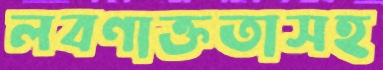
লবণাক্ততাসহ